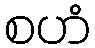
စဟံ